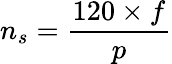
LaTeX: n_{s}={\frac{120\times{f}}{p}}